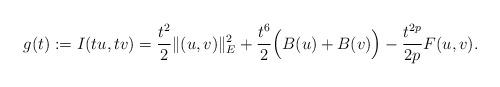
LaTeX: \begin{align*}g(t):=I(tu,tv)=\frac{t^{2}}{2}\|(u,v)\|_{E}^{2}+\frac{t^{6}}{2}\Big(B(u)+B(v)\Big)-\frac{t^{2p}}{2p}F(u,v).\end{align*}